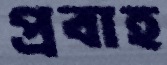
প্রবাহ